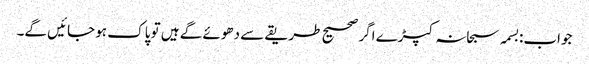
جواب:بسمہ سبحانہ کپڑے اگر صحیح طریقے سے دھوئے گے ہیں تو پاک ہو جائیں گے۔